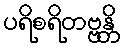
ပရိစရိတဗ္ဗန္တိ